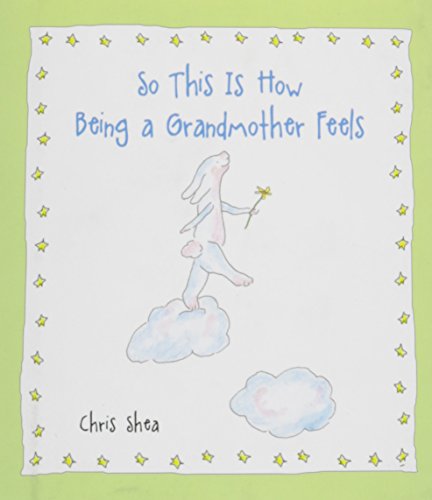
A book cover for So This Is How Being a Grandmother Feels; Chris Shea; Parenting & Relationships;